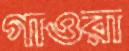
গাওরা